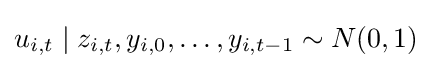
u_{i,t}\mid z_{i,t},y_{i,0},\ldots ,y_{i,t-1}\sim N(0,1)